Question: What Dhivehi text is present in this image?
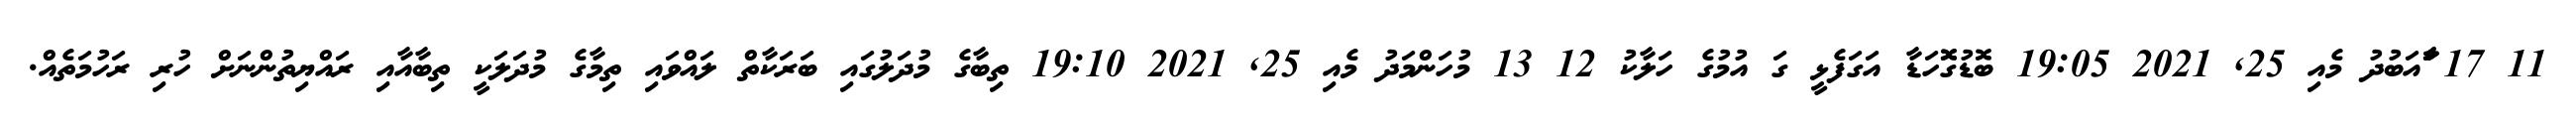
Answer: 11 17 ާަާައަބުދު މެއި 25, 2021 19:05 ބޮޑުގޮޮހަޑާ އަގަފެޅީ ގަ އުމުގެ ހަލާކު 12 13 މުހަންމަދު މެއި 25, 2021 19:10 ތިބާގެ މުދަލުގައި ބަރަކާތް ލައްވައި ތިމާގެ މުދަލަކީ ތިބާއާއި ރައްޔިތުންނަށް ހުރި ރަހުމަތެއް.